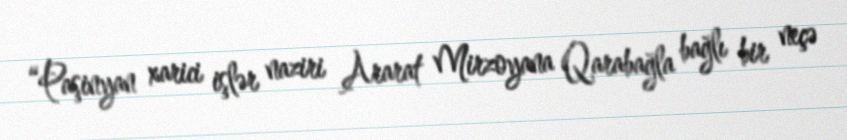
“Paşinyan xarici işlər naziri Ararat Mirzoyana Qarabağla bağlı bir neçə